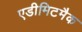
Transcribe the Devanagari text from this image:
एडीमिटमैक